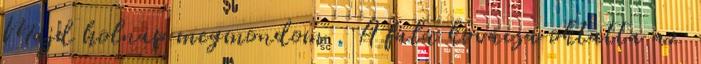
Majd holnap megmondom . A falu kovácsa oktatta az